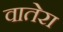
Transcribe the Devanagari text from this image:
वातेरा